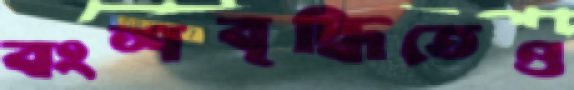
বংশবৃদ্ধিতেও